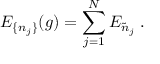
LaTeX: E _ { \{ n _ { j } \} } ( g ) = \sum _ { j = 1 } ^ { N } E _ { \tilde { n } _ { j } } \; .